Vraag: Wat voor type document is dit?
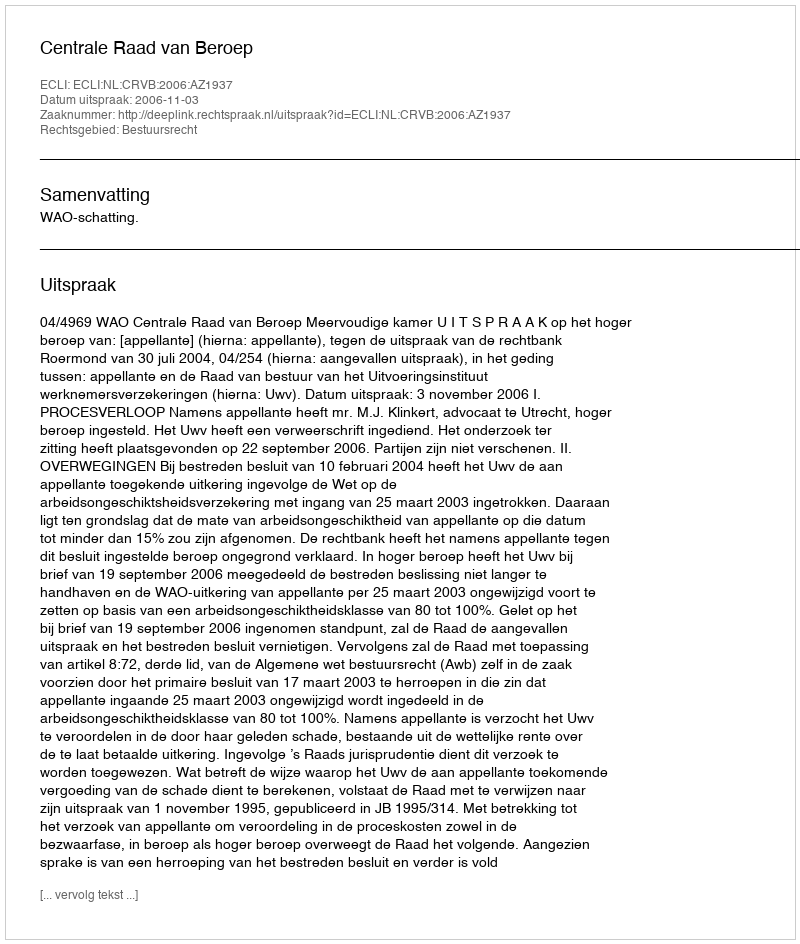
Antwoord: Uitspraak